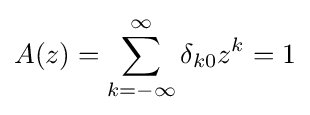
A(z)=\sum _{k=-\infty }^{\infty }\delta _{k0}z^{k}=1